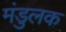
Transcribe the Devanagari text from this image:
मंडुलक